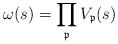
LaTeX: \begin{align*} \omega(s) = \prod_\mathfrak{p} V_\mathfrak{p}(s) \end{align*}